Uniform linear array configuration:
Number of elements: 12
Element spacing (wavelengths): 0.5
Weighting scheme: kaiser
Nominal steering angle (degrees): -60
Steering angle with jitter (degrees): -60.546
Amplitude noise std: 0.05
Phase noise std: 0.05

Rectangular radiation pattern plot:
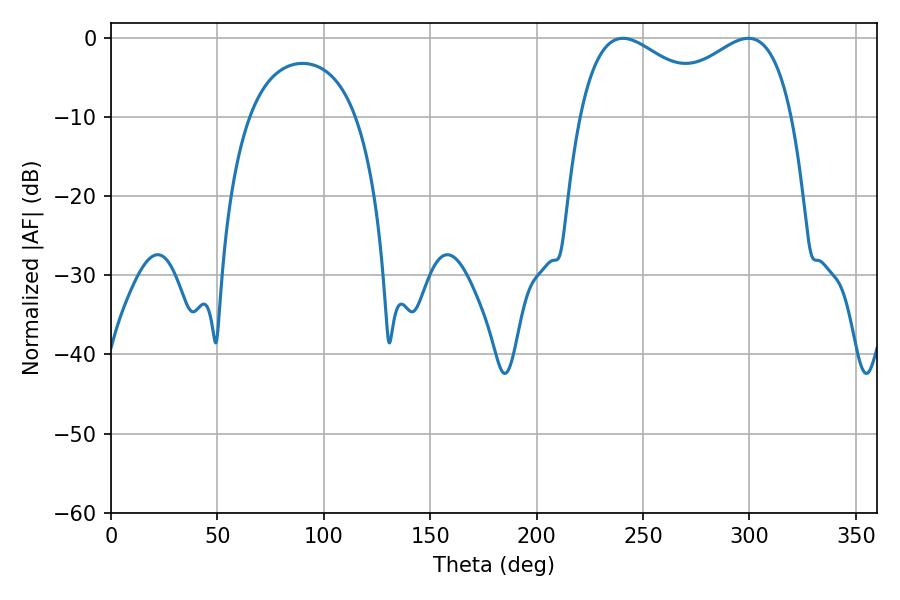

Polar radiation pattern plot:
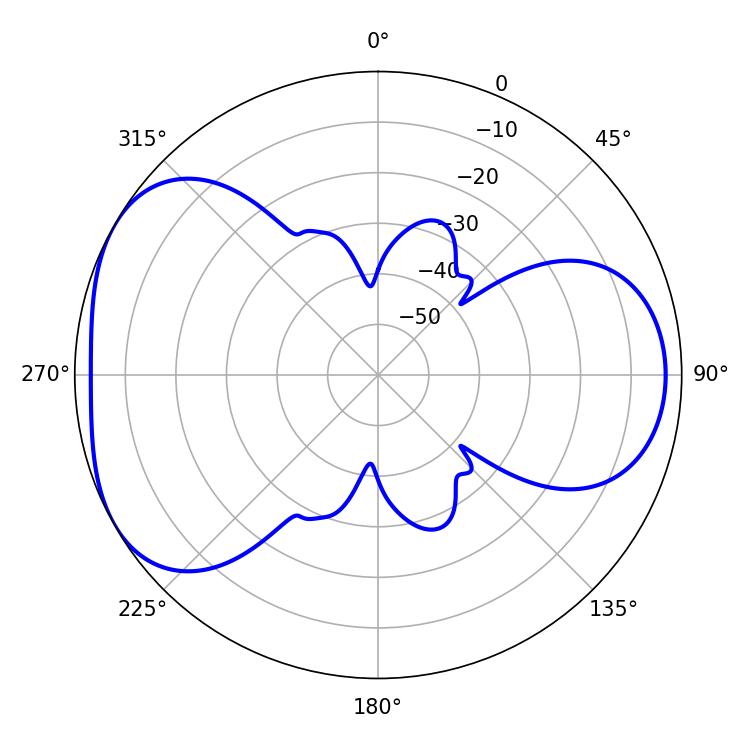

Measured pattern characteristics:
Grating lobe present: FALSE
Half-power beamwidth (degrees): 37.08
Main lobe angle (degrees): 299.52